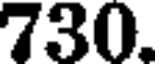
730.